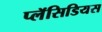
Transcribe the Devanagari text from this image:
प्लॅसिडियस